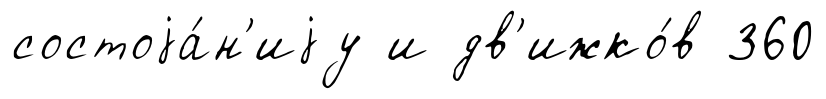
состоjа́н'иjу и дв'ижко́в 360